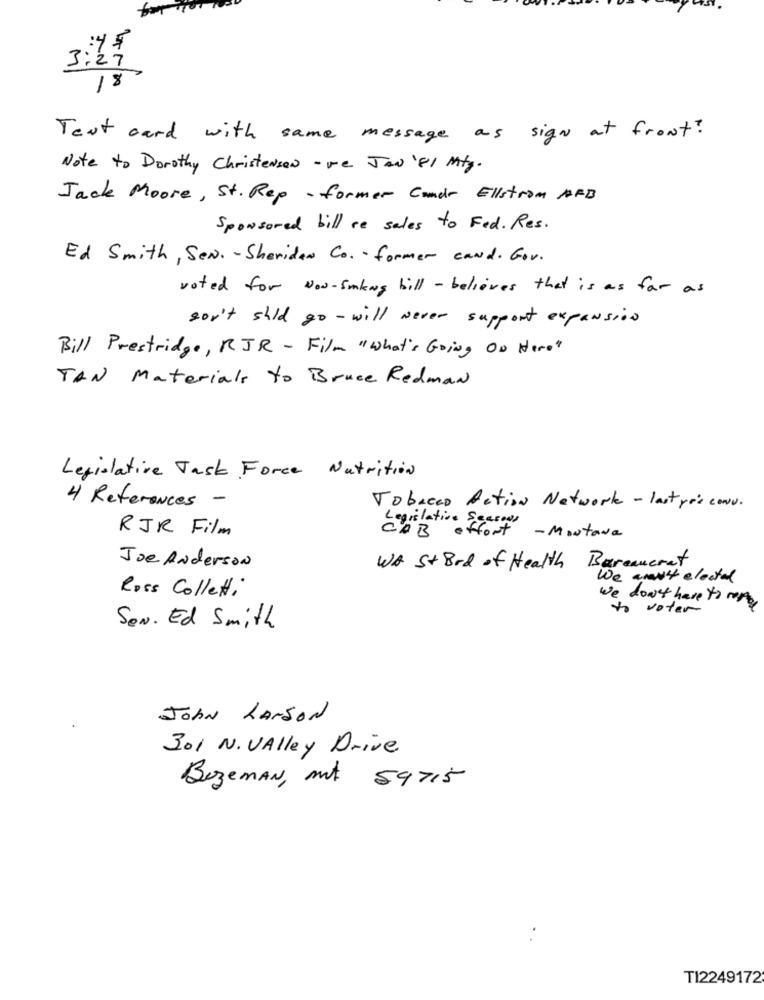
M
18
Text card with same message as sign at front?
Note to Dorothy Christensen - we Jaw '81 Mtg.
Jack Moore, St. Rep- former Condr Ellstrom AFB
Sponsored bill re sales to Fed. Res.
Ed Smith, Sen .- Sheridan Co. former cand. Gov.
voted for Now-sunkig bill - believes that is as far as
son't shld go - will Never support expansion
Bill Prestridge, RJR - Film " What's Going On Here"
TAN Materials to Bruce Redman
Legislative Task Force Nutrition
4 References -
Tobacco Action Network - last yo's conv.
RJR Film
Legislation Scarves
fort - Montane
Joe Anderson
WA St Brd of Health
Bareaucrat
We are' elector
Ross Colletti
We don't have to men
to voter
SEN. Ed Smith
John HANSON
301 N. Valley Drive
Bozeman, mt 59715
TI2249172